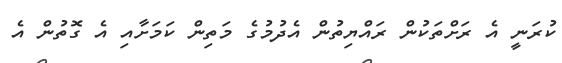
ކުރަނީ އެ ރަށްތަކުން ރައްޔިތުން އެދުމުގެ މަތިން ކަމަށާއި އެ ގޮތުން އެ